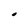
Character: O